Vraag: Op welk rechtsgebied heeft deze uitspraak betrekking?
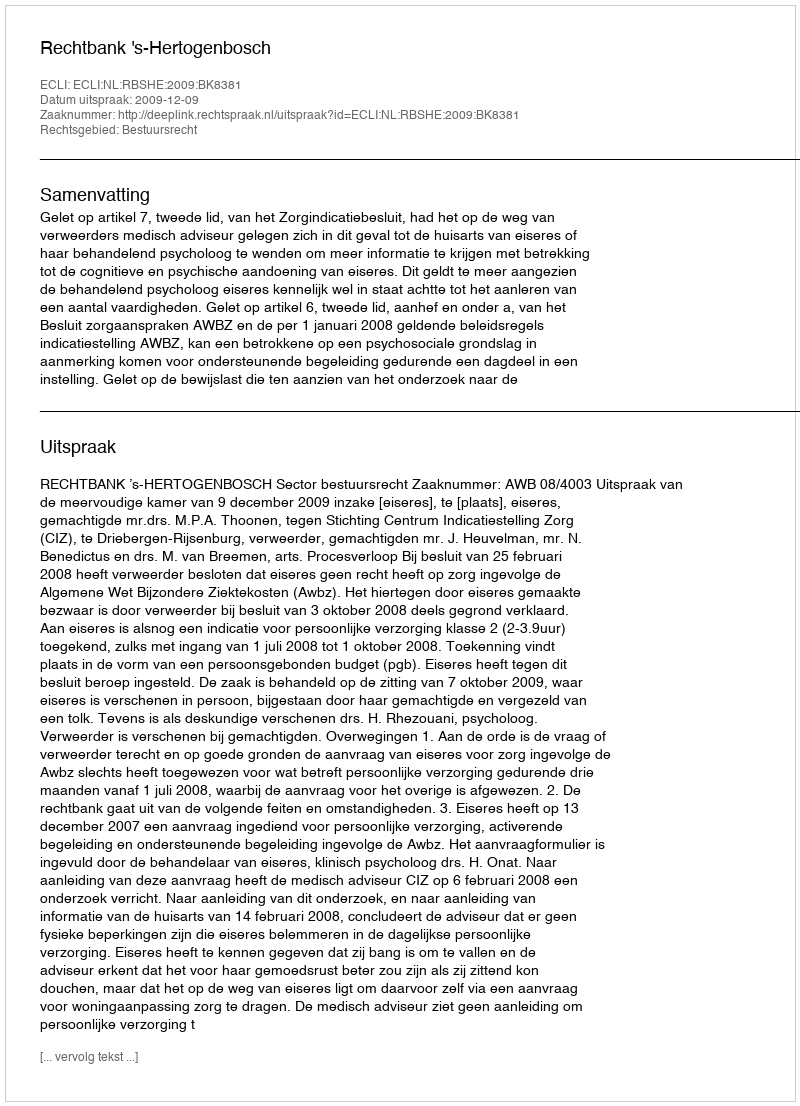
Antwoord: Bestuursrecht